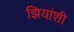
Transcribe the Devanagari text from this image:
झियांशी